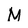
Character: M